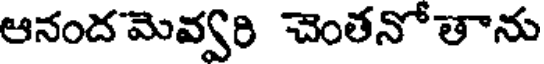
ఆనందమెవ్వరి చెంతనోతాను